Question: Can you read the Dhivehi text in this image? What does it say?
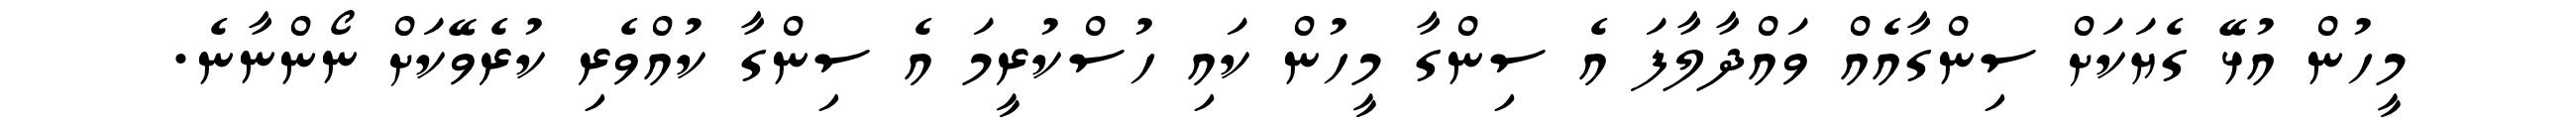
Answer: މީހުން އުޅޭ ގެޔަކަށް ސިންގާއެއް ވައްދާލާފަ އެ ސިންގާ މީހުން ކައި ހުސްކުރީމަ އެ ސިންގާ ކުއްވެރި ކުރެވޭކަށް ނޯންނާނެ.